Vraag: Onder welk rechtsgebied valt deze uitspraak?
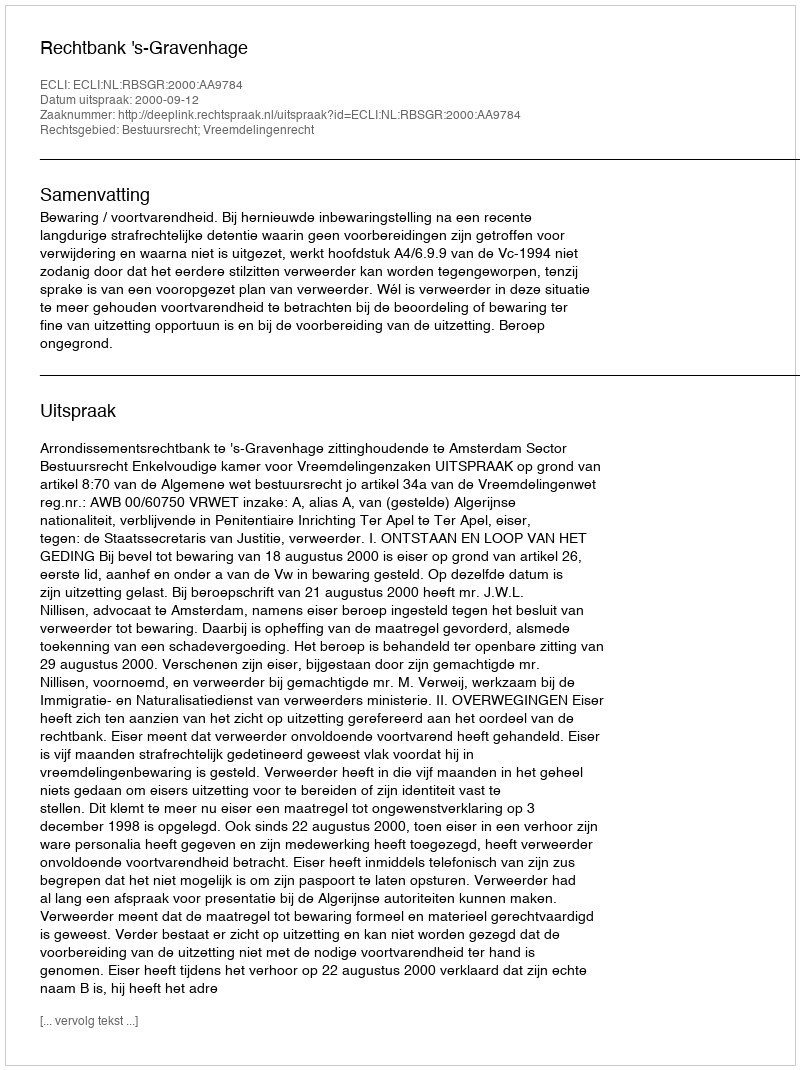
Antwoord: Bestuursrecht; Vreemdelingenrecht